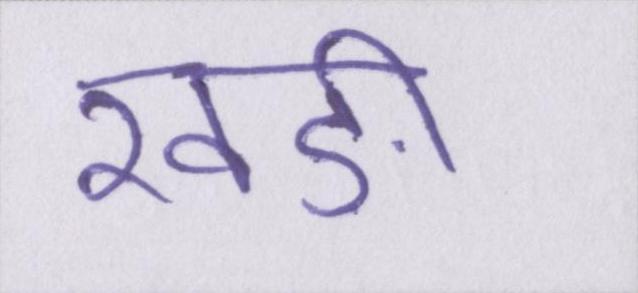
खङी